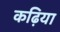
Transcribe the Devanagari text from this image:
कढ़िया